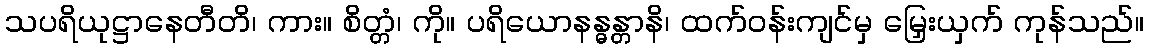
သပရိယုဋ္ဌာနေတီတိ၊ ကား။ စိတ္တံ၊ ကို။ ပရိယောနန္ဓန္တာနိ၊ ထက်ဝန်းကျင်မှ မြှေးယှက် ကုန်သည်။